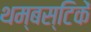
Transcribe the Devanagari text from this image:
थम्बस्टिकें